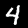
Digit: 4